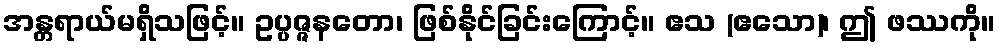
အန္တရာယ်မရှိသဖြင့်။ ဥပ္ပဇ္ဇနတော၊ ဖြစ်နိုင်ခြင်းကြောင့်။ ဧသ (ဧသော)၊ ဤ ဖဿကို။